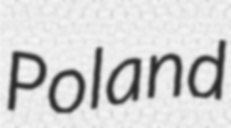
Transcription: Poland